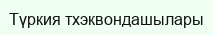
Түркия тхэквондашылары